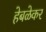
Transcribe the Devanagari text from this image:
हेबळेकर